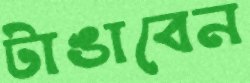
টাঙাবেন